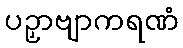
ပဉှာဗျာကရဏံ